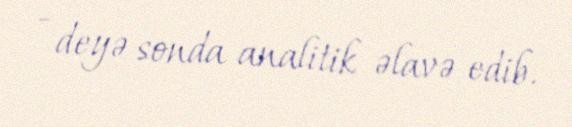
- deyə sonda analitik əlavə edib.